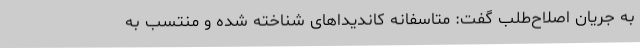
به جریان اصلاح‌طلب گفت: متاسفانه کاندیداهای شناخته شده و منتسب به